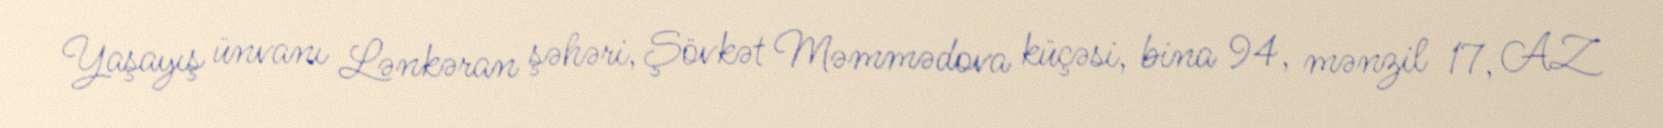
Yaşayış ünvanı Lənkəran şəhəri, Şövkət Məmmədova küçəsi, bina 94, mənzil 17, AZ